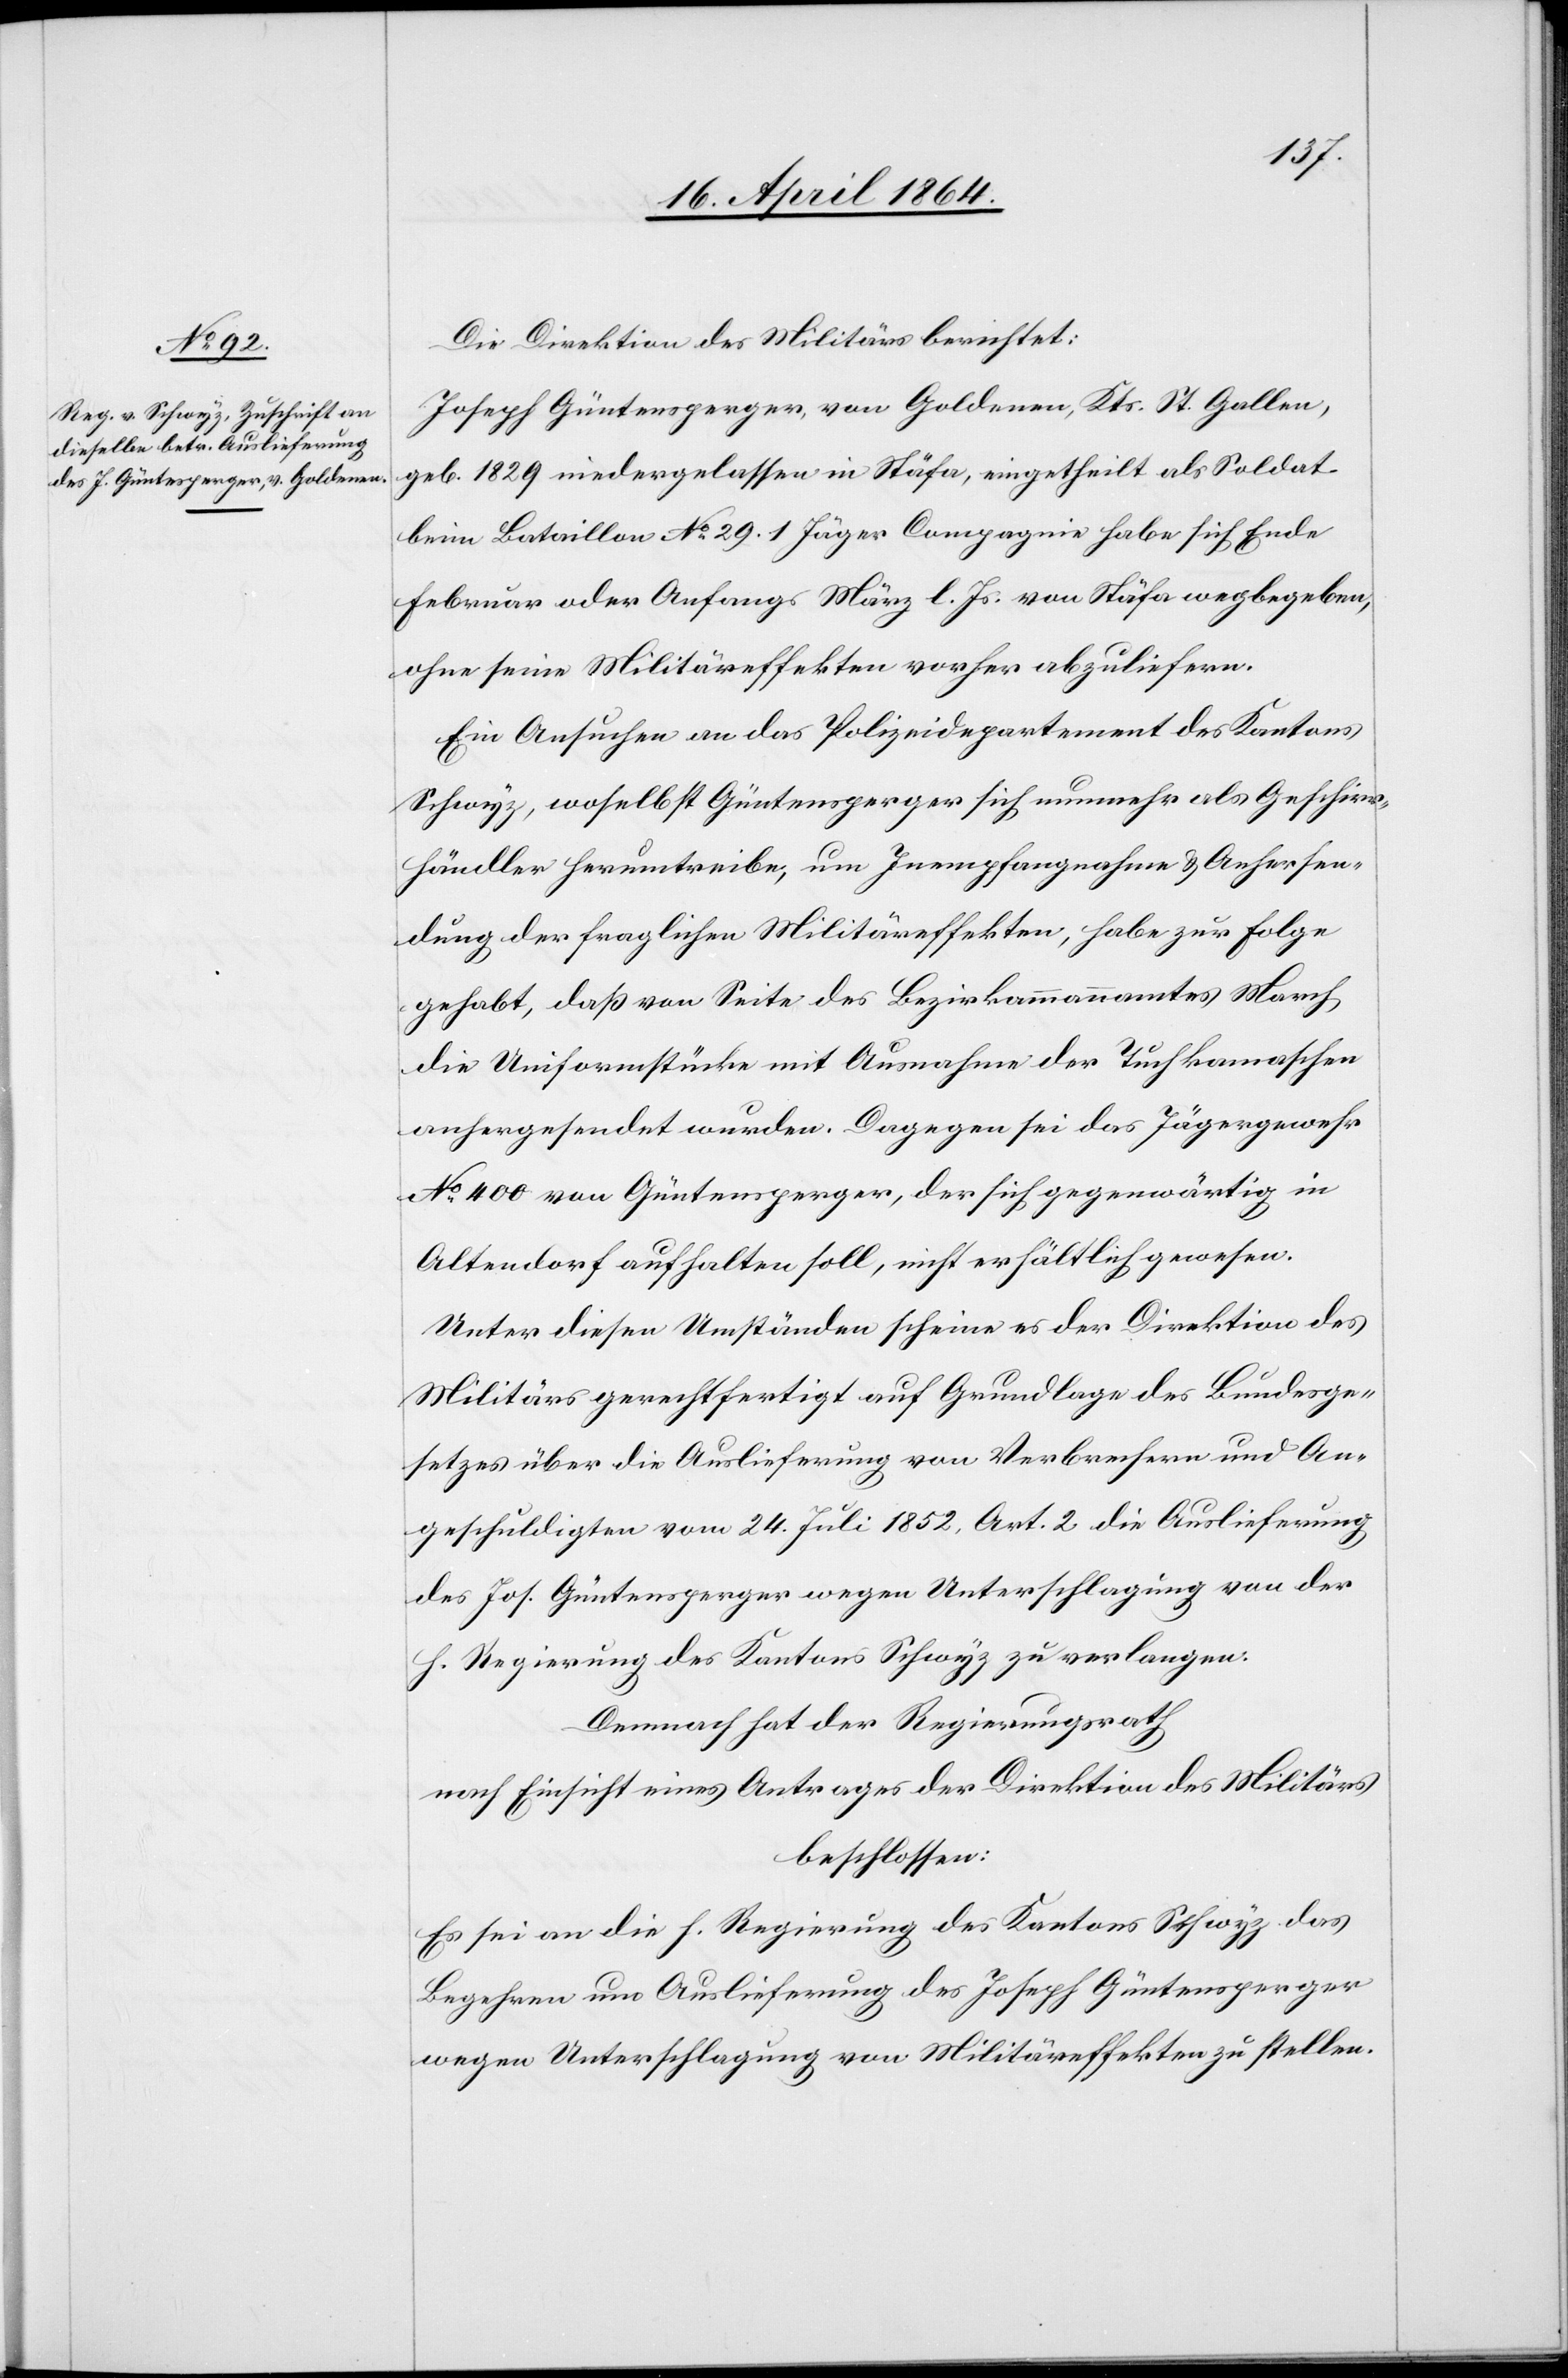
Die Direktion des Militärs berichtet:
Joseph Güntensperger [sic!] von Goldenen, Kts. St. Gallen,
geb. 1829 niedergelassen in Stäfa, eingetheilt als Soldat
beim Bataillon No 29. 1 Jäger Compagnie habe sich Ende
Februar oder Anfangs März l. Js. von Stäfa wegbegeben,
ohne seine Militäreffekten vorher abzuliefern.
Ein Ansuchen an das Polizeidepartement des Kantons
Schwyz, woselbst Güntensperger sich nunmehr als Geschirr¬
händler herumtreibe, um Inempfangnahme u. Anhersen¬
dung der fraglichen Militäreffekten, habe zur Folge
gehabt, daß von Seite des Bezirkammannamtes March
die Uniformstücke mit Ausnahme der Tuchkamaschen
anhergesendet wurden. Dagegen sei das Jägergewehr
No 400 von Güntensperger, der sich gegenwärtig in
Altendorf aufhalten soll, nicht erhältlich gewesen.
Unter diesen Umständen scheine es der Direktion des
Militärs gerechtfertigt auf Grundlage des Bundesge¬
setzes über die Auslieferung von Verbrechern und An¬
geschuldigten vom 24. Juli 1852, Art. 2 die Auslieferung
des Jos. Güntensperger wegen Unterschlagung von der
h. Regierung des Kantons Schwyz zu verlangen.
Demnach hat der Regierungsrath
nach Einsicht eines Antrages der Direktion des Militärs
beschlossen:
Es sei an die h. Regierung des Kantons Schwyz das
Begehren um Auslieferung des Joseph Güntensperger
wegen Unterschlagung von Militäreffekten zu stellen.